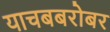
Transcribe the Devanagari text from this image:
याचबबरोबर